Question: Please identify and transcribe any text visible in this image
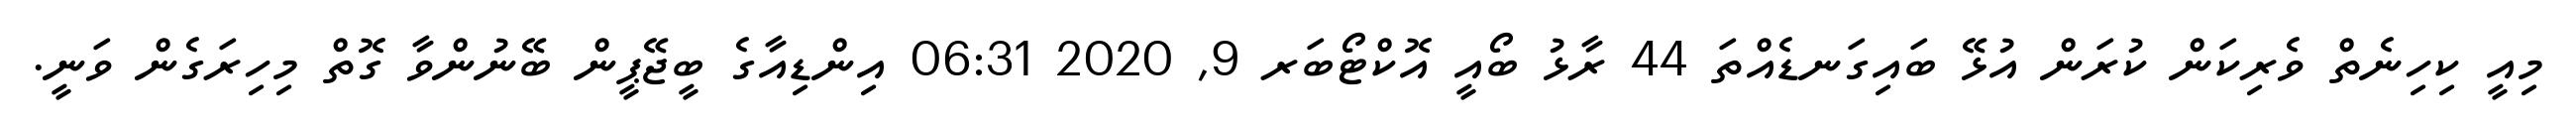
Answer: މިއީ ކިހިނެތް ވެރިކަން ކުރަން އުޅޭ ބައިގަނޑެއްތަ 44 ރާޅު ބޯއީ އޮކްޓޯބަރ 9, 2020 06:31 އިންޑިއާގެ ބީޖޭޕީން ބޭނުންވާ ގޮތް މިހިރަގެން ވަނީ.